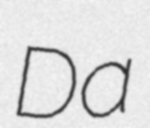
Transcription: Da